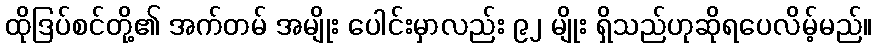
ထိုဒြပ်စင်တို့၏ အက်တမ် အမျိုး ပေါင်းမှာလည်း ၉၂ မျိုး ရှိသည်ဟုဆိုရပေလိမ့်မည်။